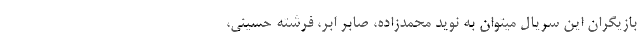
بازیگران این سریال میتوان به نوید محمدزاده، صابر ابر، فرشته حسینی،